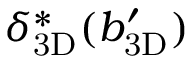
\ensuremath { \delta _ { \mathrm { 3 D } } } ^ { * } ( \ensuremath { b _ { \mathrm { 3 D } } ^ { \prime } } )